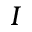
I